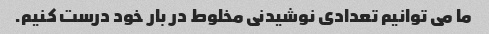
ما می توانیم تعدادی نوشیدنی مخلوط در بار خود درست کنیم.